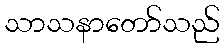
သာသနာတော်သည်